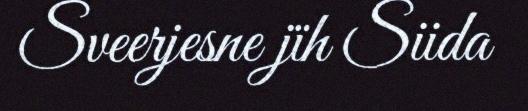
Sveerjesne jïh Siida